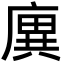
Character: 廙